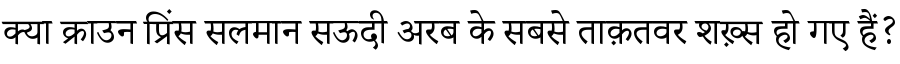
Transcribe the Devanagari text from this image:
क्या क्राउन प्रिंस सलमान सऊदी अरब के सबसे ताक़तवर शख़्स हो गए हैं?